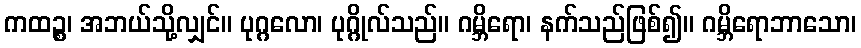
ကထဉ္စ၊ အဘယ်သို့လျှင်။ ပုဂ္ဂလော၊ ပုဂ္ဂိုလ်သည်။ ဂမ္ဘိရော၊ နက်သည်ဖြစ်၍။ ဂမ္ဘိရောဘာသော၊